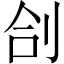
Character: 㓣